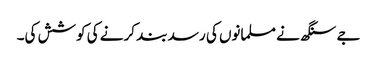
جے سنگھ نے مسلمانوں کی رسد بند کرنے کی کوشش کی۔